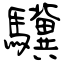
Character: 驥